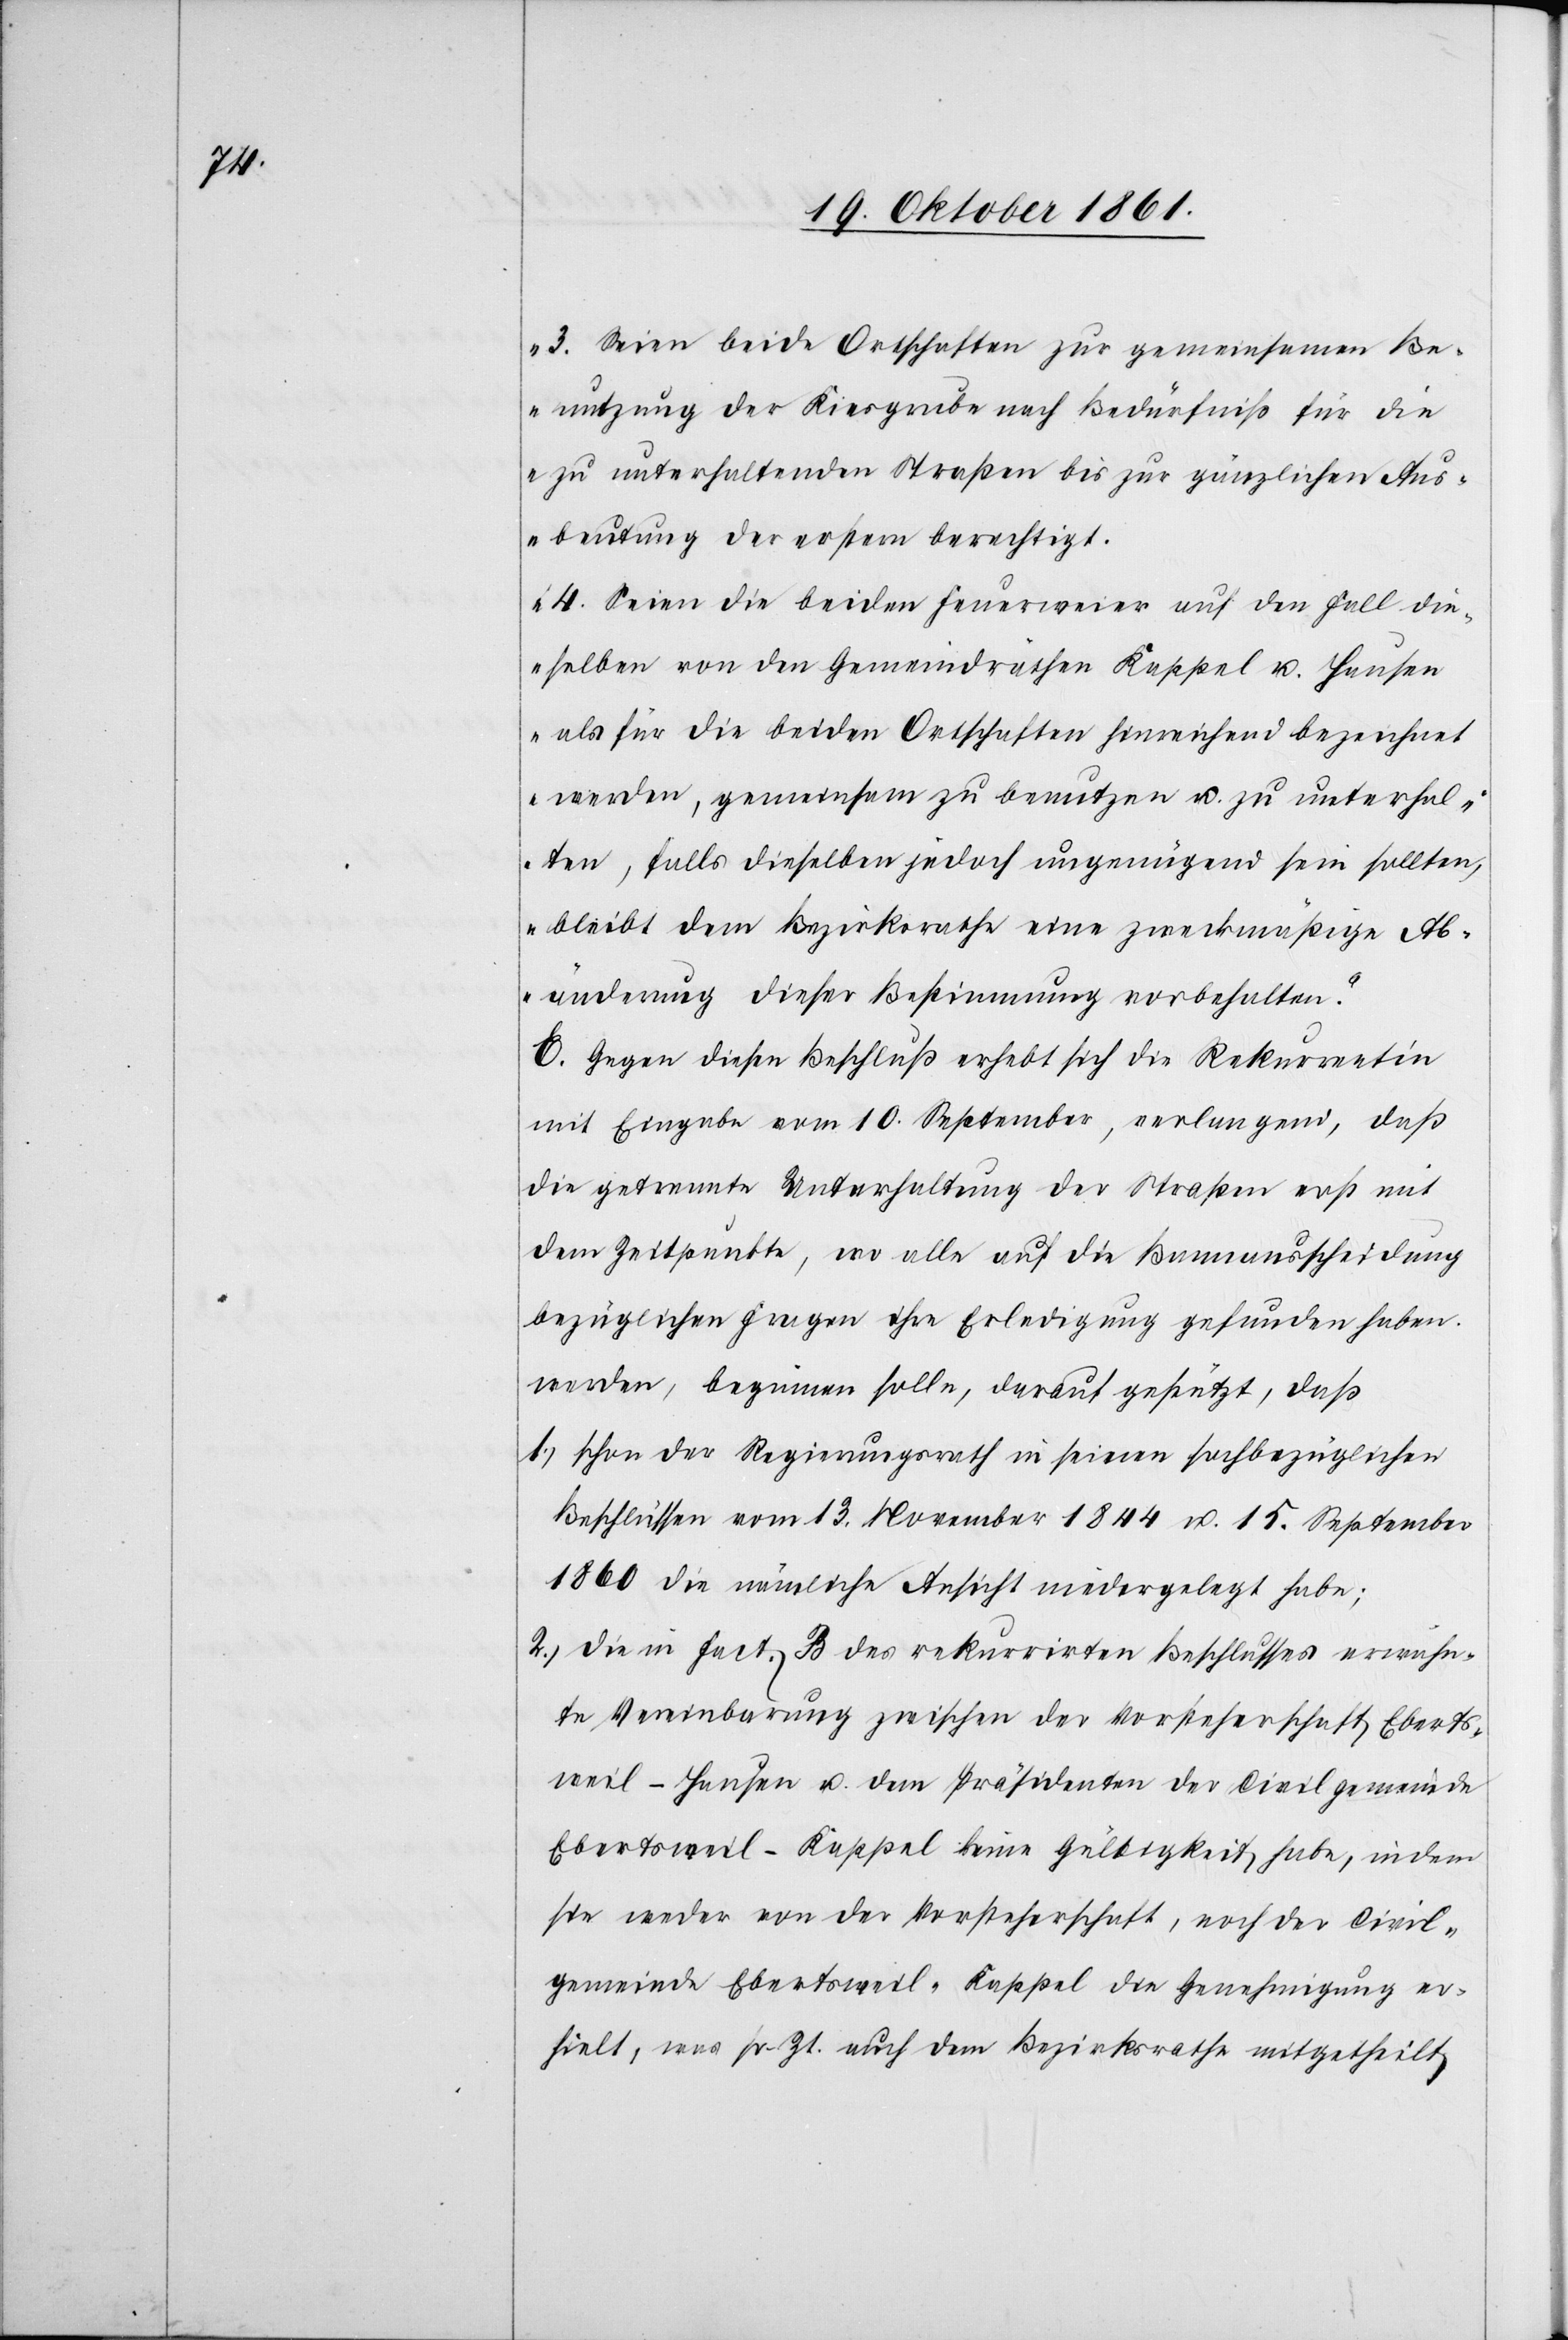
3. Seien beide Ortschaften zur gemeinsamen Be¬
nutzung der Kiesgrube nach Bedürfniß für die
zu unterhaltenden Straßen bis zur gänzlichen Aus¬
beutung der erstern berechtigt.
4. Seien die beiden Feuerweier auf den Fall die¬
selben von den Gemeindräthen Kappel u. Hausen
als für die beiden Ortschaften hinreichend bezeichnet
werden, gemeinsam zu benutzen u. zu unterhal¬
ten, falls dieselben jedoch ungenügend sein sollten,
bleibt dem Bezirksrathe eine zweckmäßige Ab¬
änderung dieser Bestimmung vorbehalten.“
E. Gegen diesen Beschluß erhebt sich die Rekurrentin
mit Eingabe vom 10 September, verlangend, daß
die getrennte Unterhaltung der Straßen erst mit
dem Zeitpunkte, wo alle auf die Bannausscheidung
bezüglichen Fragen ihre Erledigung gefunden haben
werden, beginnen solle, darauf gestützt, daß
1.) schon der Regierungsrath in seinen sachbezüglichen
Beschlüssen vom 13 November 1844 u. 15 November
1860 die nämliche Ansicht niedergelegt habe;
2.) die in Fact. B. des rekurrirten Beschlusses erwähn¬
te Vereinbarung zwischen der Vorsteherschaft Eberts¬
weil-Hausen u. dem Präsidenten der Civilgemeinde
Ebertsweil-Kappel keine Gültigkeit habe, in dem
sie weder von der Vorsteherschaft, noch [von] der Civil¬
gemeinde Ebertsweil-Kappel die Genehmigung er¬
hielt, was sr. Zt. auch dem Bezirksrathe mitgetheilt